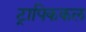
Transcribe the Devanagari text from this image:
ट्रापिककल